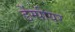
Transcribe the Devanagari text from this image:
डेंम्पीयर